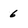
Character: 6